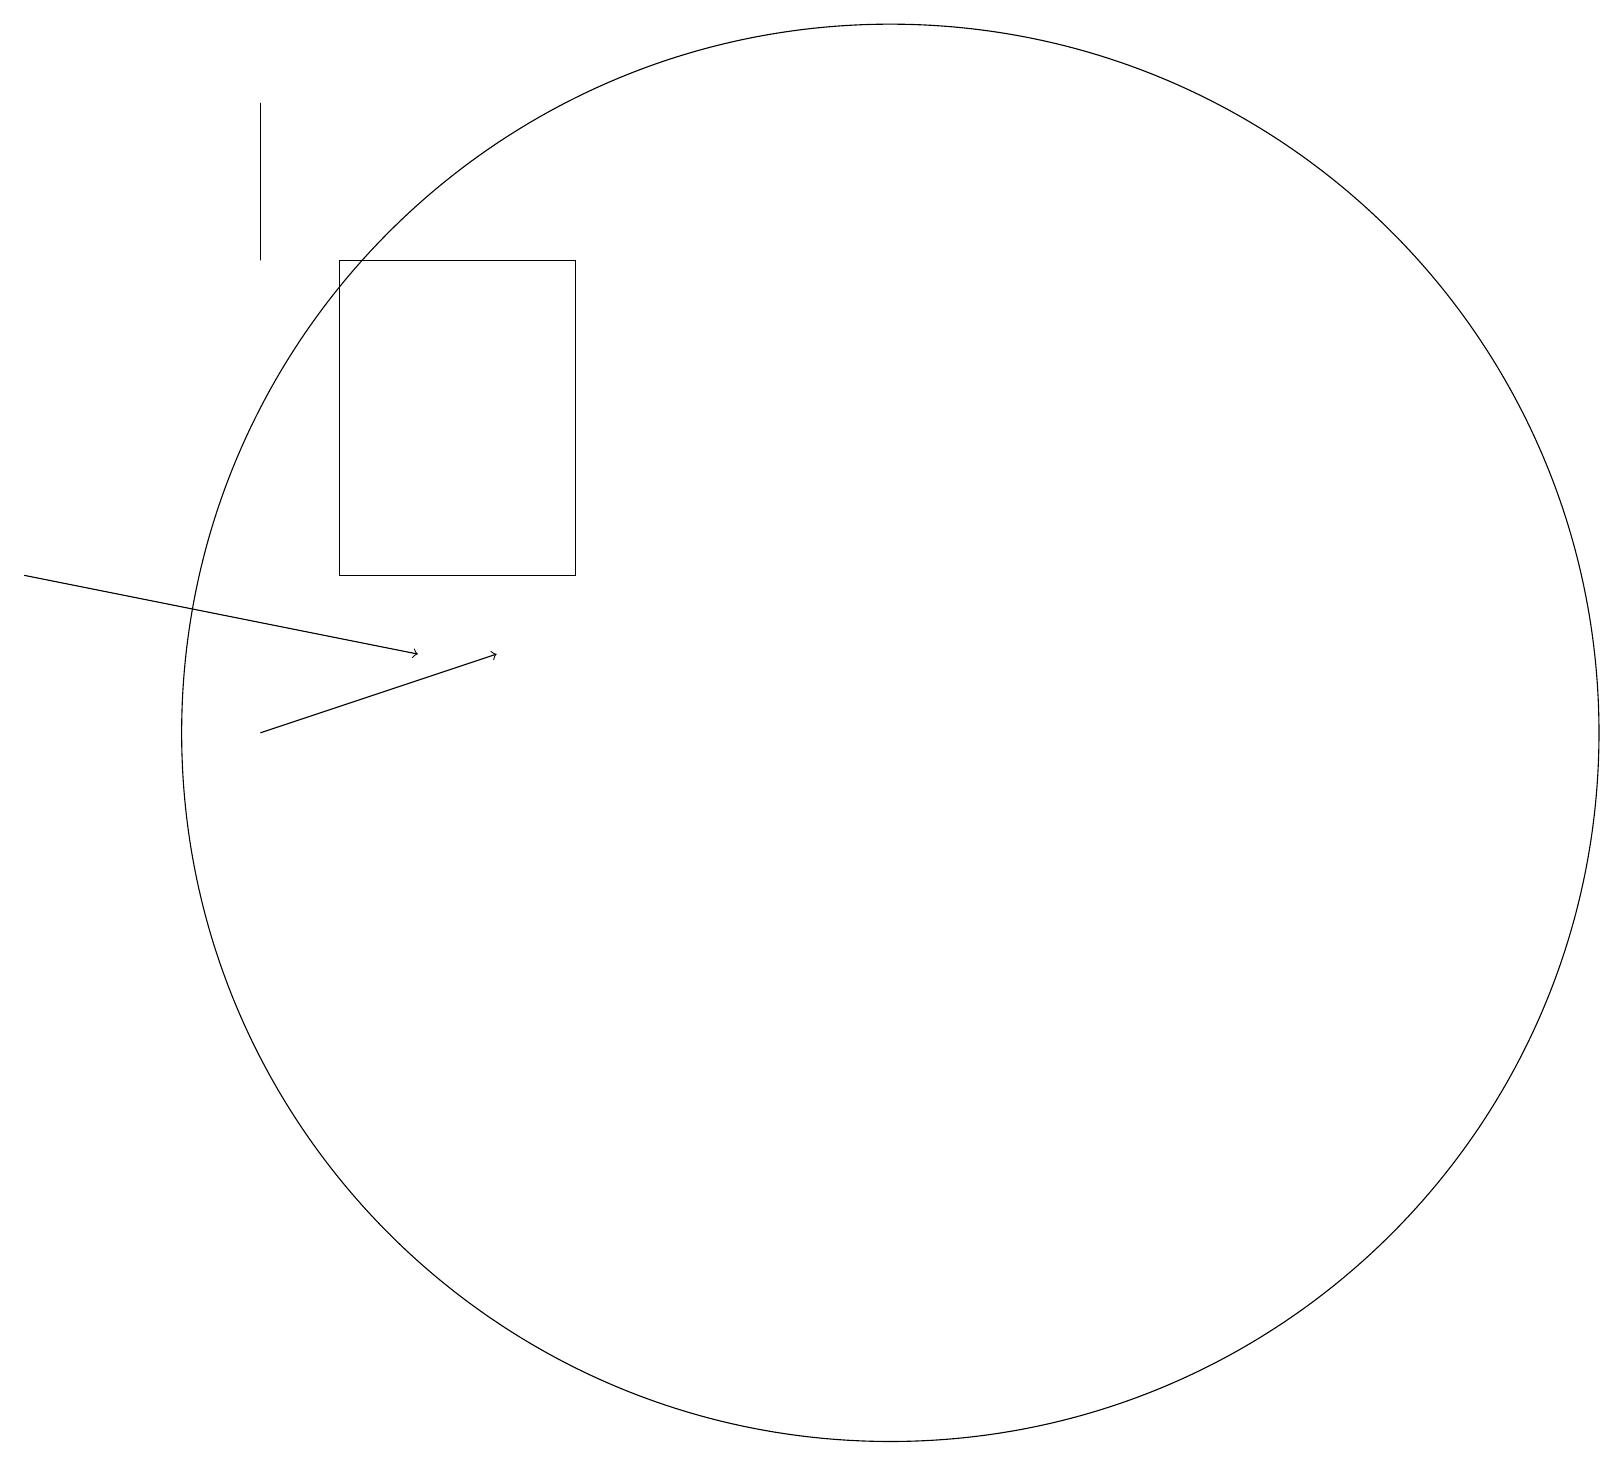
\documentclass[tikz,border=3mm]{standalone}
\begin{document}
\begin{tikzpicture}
\draw[->] (0,13) -- (5,12);
\draw[->] (3,11) -- (6,12);
\draw (11,11) circle (9);
\draw (4,17) rectangle (7,13);
\draw (3,17) rectangle (3,19);
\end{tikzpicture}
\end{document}